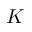
K